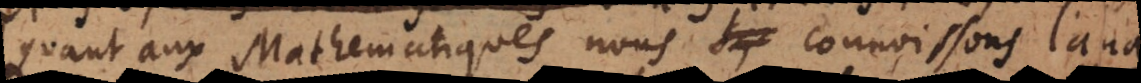
Quant aux Mathematiques nous sç connoissons l’ana